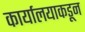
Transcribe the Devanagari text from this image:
कार्यालयाकडून